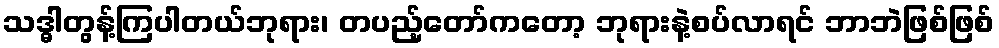
သဒ္ဓါတွန့်ကြပါတယ်ဘုရား၊ တပည့်တော်ကတော့ ဘုရားနဲ့စပ်လာရင် ဘာဘဲဖြစ်ဖြစ်